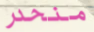
منحدر